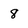
Character: 8